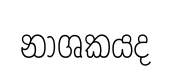
නාශකයද